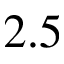
2 . 5